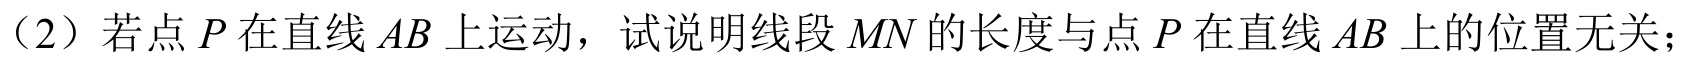
（2）若点\(P\)在直线\(AB\)上运动，试说明线段\(MN\)的长度与点\(P\)在直线\(AB\)上的位置无关；